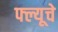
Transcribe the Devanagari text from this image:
फ्ल्यूचे